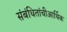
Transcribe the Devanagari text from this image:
संबंधितांचीआर्थिक